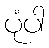
ပုံပါ